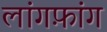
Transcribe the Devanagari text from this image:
लांगफ़ांग